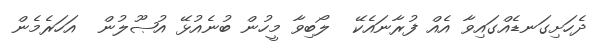
ދެހަށިގަނޑެއްގައިވާ އެއް ފުރާނައެކޭ  ލޯބިވާ މީހުން ބުނެއުޅޭ އުޞޫލުން  އަހަރެމެން